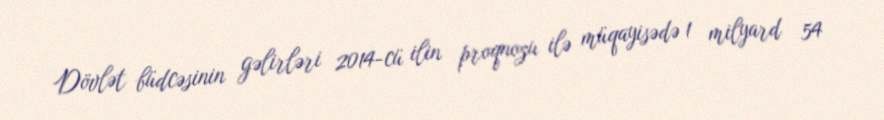
Dövlət büdcəsinin gəlirləri 2014-cü ilin proqnozu ilə müqayisədə 1 milyard 54